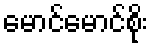
မောင်မောင်စိုး